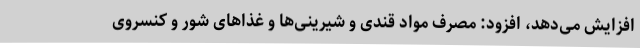
افزایش می‌دهد، افزود: مصرف مواد قندی و شیرینی‌ها و غذاهای شور و کنسروی